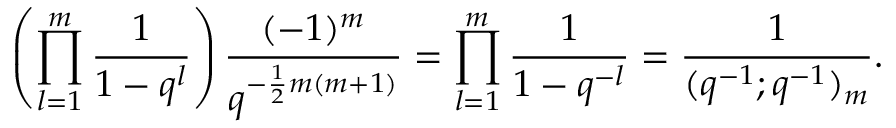
\left( \prod _ { l = 1 } ^ { m } \frac { 1 } { 1 - q ^ { l } } \right) \frac { ( - 1 ) ^ { m } } { q ^ { - \frac { 1 } { 2 } m ( m + 1 ) } } = \prod _ { l = 1 } ^ { m } \frac { 1 } { 1 - q ^ { - l } } = \frac { 1 } { ( q ^ { - 1 } ; q ^ { - 1 } ) _ { m } } .